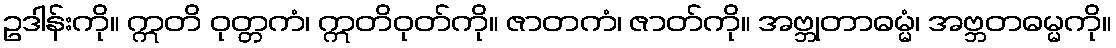
ဥဒါန်းကို။ ဣတိ ဝုတ္တကံ၊ ဣတိဝုတ်ကို။ ဇာတကံ၊ ဇာတ်ကို။ အဗ္ဘုတာဓမ္မံ၊ အဗ္ဘတဓမ္မကို။